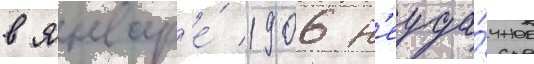
в январ'е́ 1906 н'еуда́чное